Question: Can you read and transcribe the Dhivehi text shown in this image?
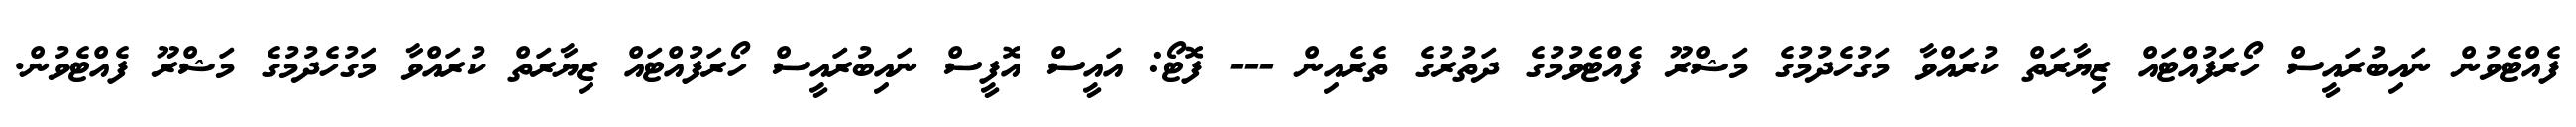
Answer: ފެއްޓެވުން ނައިބުރައީސް ހޯރަފުއްޓައް ޒިޔާރަތް ކުރައްވާ މަގުހެދުމުގެ މަޝްރޫ ފެއްޓެވުމުގެ ދަތުރުގެ ތެރެއިން --- ފޮޓޯ: އައީސް އޮފީސް ނައިބުރައީސް ހޯރަފުއްޓައް ޒިޔާރަތް ކުރައްވާ މަގުހެދުމުގެ މަޝްރޫ ފެއްޓެވުން.